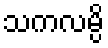
သကလမ္ပိ